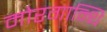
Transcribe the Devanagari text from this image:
मोरगान्थि